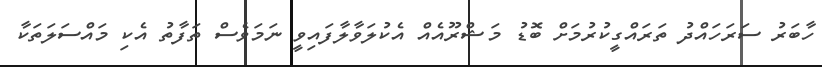
ހާބަރު ސަރަހައްދު ތަރައްގީކުރުމަށް ބޮޑު މަޝްރޫއެއް އެކުލަވާލާފައިވީ ނަމަވެސް ތަފާތު އެކި މައްސަލަތަކާ